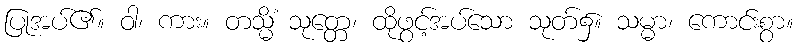
ပြုအပ်၏။ ဝါ၊ ကား။ တသ္မိံ သုတ္တေ၊ ထိုဖွင့်အပ်သော သုတ်၌။ သမ္မာ၊ ကောင်းစွာ။